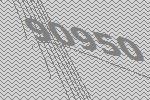
90950